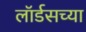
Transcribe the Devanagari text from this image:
लॉर्डसच्या